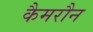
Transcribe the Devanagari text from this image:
कैमरौन